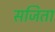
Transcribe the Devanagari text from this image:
सजिता